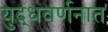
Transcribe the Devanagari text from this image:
युद्धवर्णनात